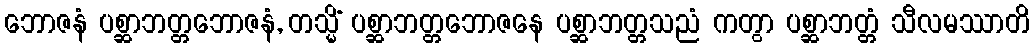
ဘောဇနံ ပစ္ဆာဘတ္တဘောဇနံ, တသ္မိံ ပစ္ဆာဘတ္တဘောဇနေ ပစ္ဆာဘတ္တသညံ ကတွာ ပစ္ဆာဘတ္တံ သီလမဿာတိ